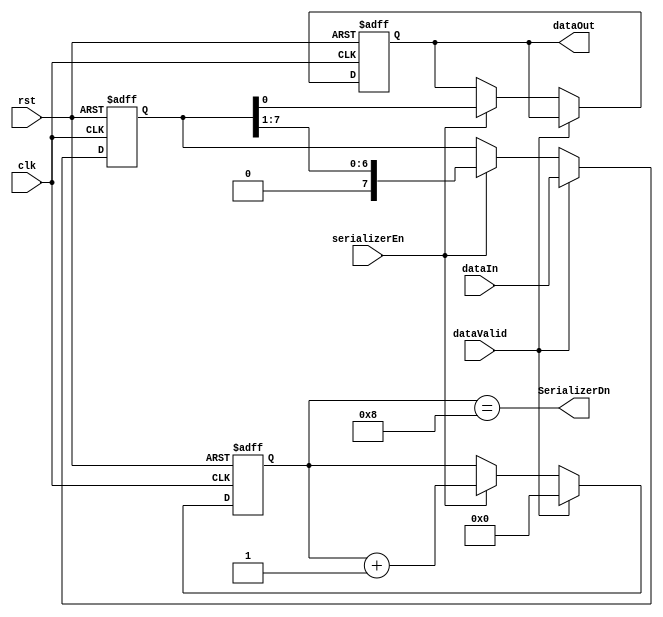
module Serializer#(parameter DATAWIDTH=8)
    (input clk, rst, dataValid, serializerEn, input[DATAWIDTH-1:0] dataIn, output reg dataOut, output SerializerDn);
    localparam PTRWIDTH = $clog2(DATAWIDTH)+1;
reg [DATAWIDTH-1:0] memory;
reg [PTRWIDTH-1:0] ptr;
always@(posedge clk or negedge rst)
begin
    if(!rst)
    begin
    memory<=0;
    dataOut<=0;
    ptr<=0;
    end
    else
    begin
        
        if(dataValid)
        begin
            memory<=dataIn;
            ptr<=0;
        end
        else if(serializerEn)
        begin
            ptr<=ptr+1;
            {memory,dataOut}<={memory,dataOut}>>1;
        end
        /*else if(SerializerDn)
        begin
            ptr<=0;
        end*/
    end
end
assign SerializerDn = (ptr==DATAWIDTH);
endmodule